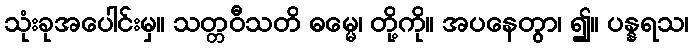
သုံးခုအပေါင်းမှ။ သတ္တဝီသတိ ဓမ္မေ၊ တို့ကို။ အပနေတွာ၊ ၍။ ပန္နရသ၊